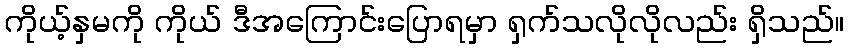
ကိုယ့်နှမကို ကိုယ် ဒီအကြောင်းပြောရမှာ ရှက်သလိုလိုလည်း ရှိသည်။